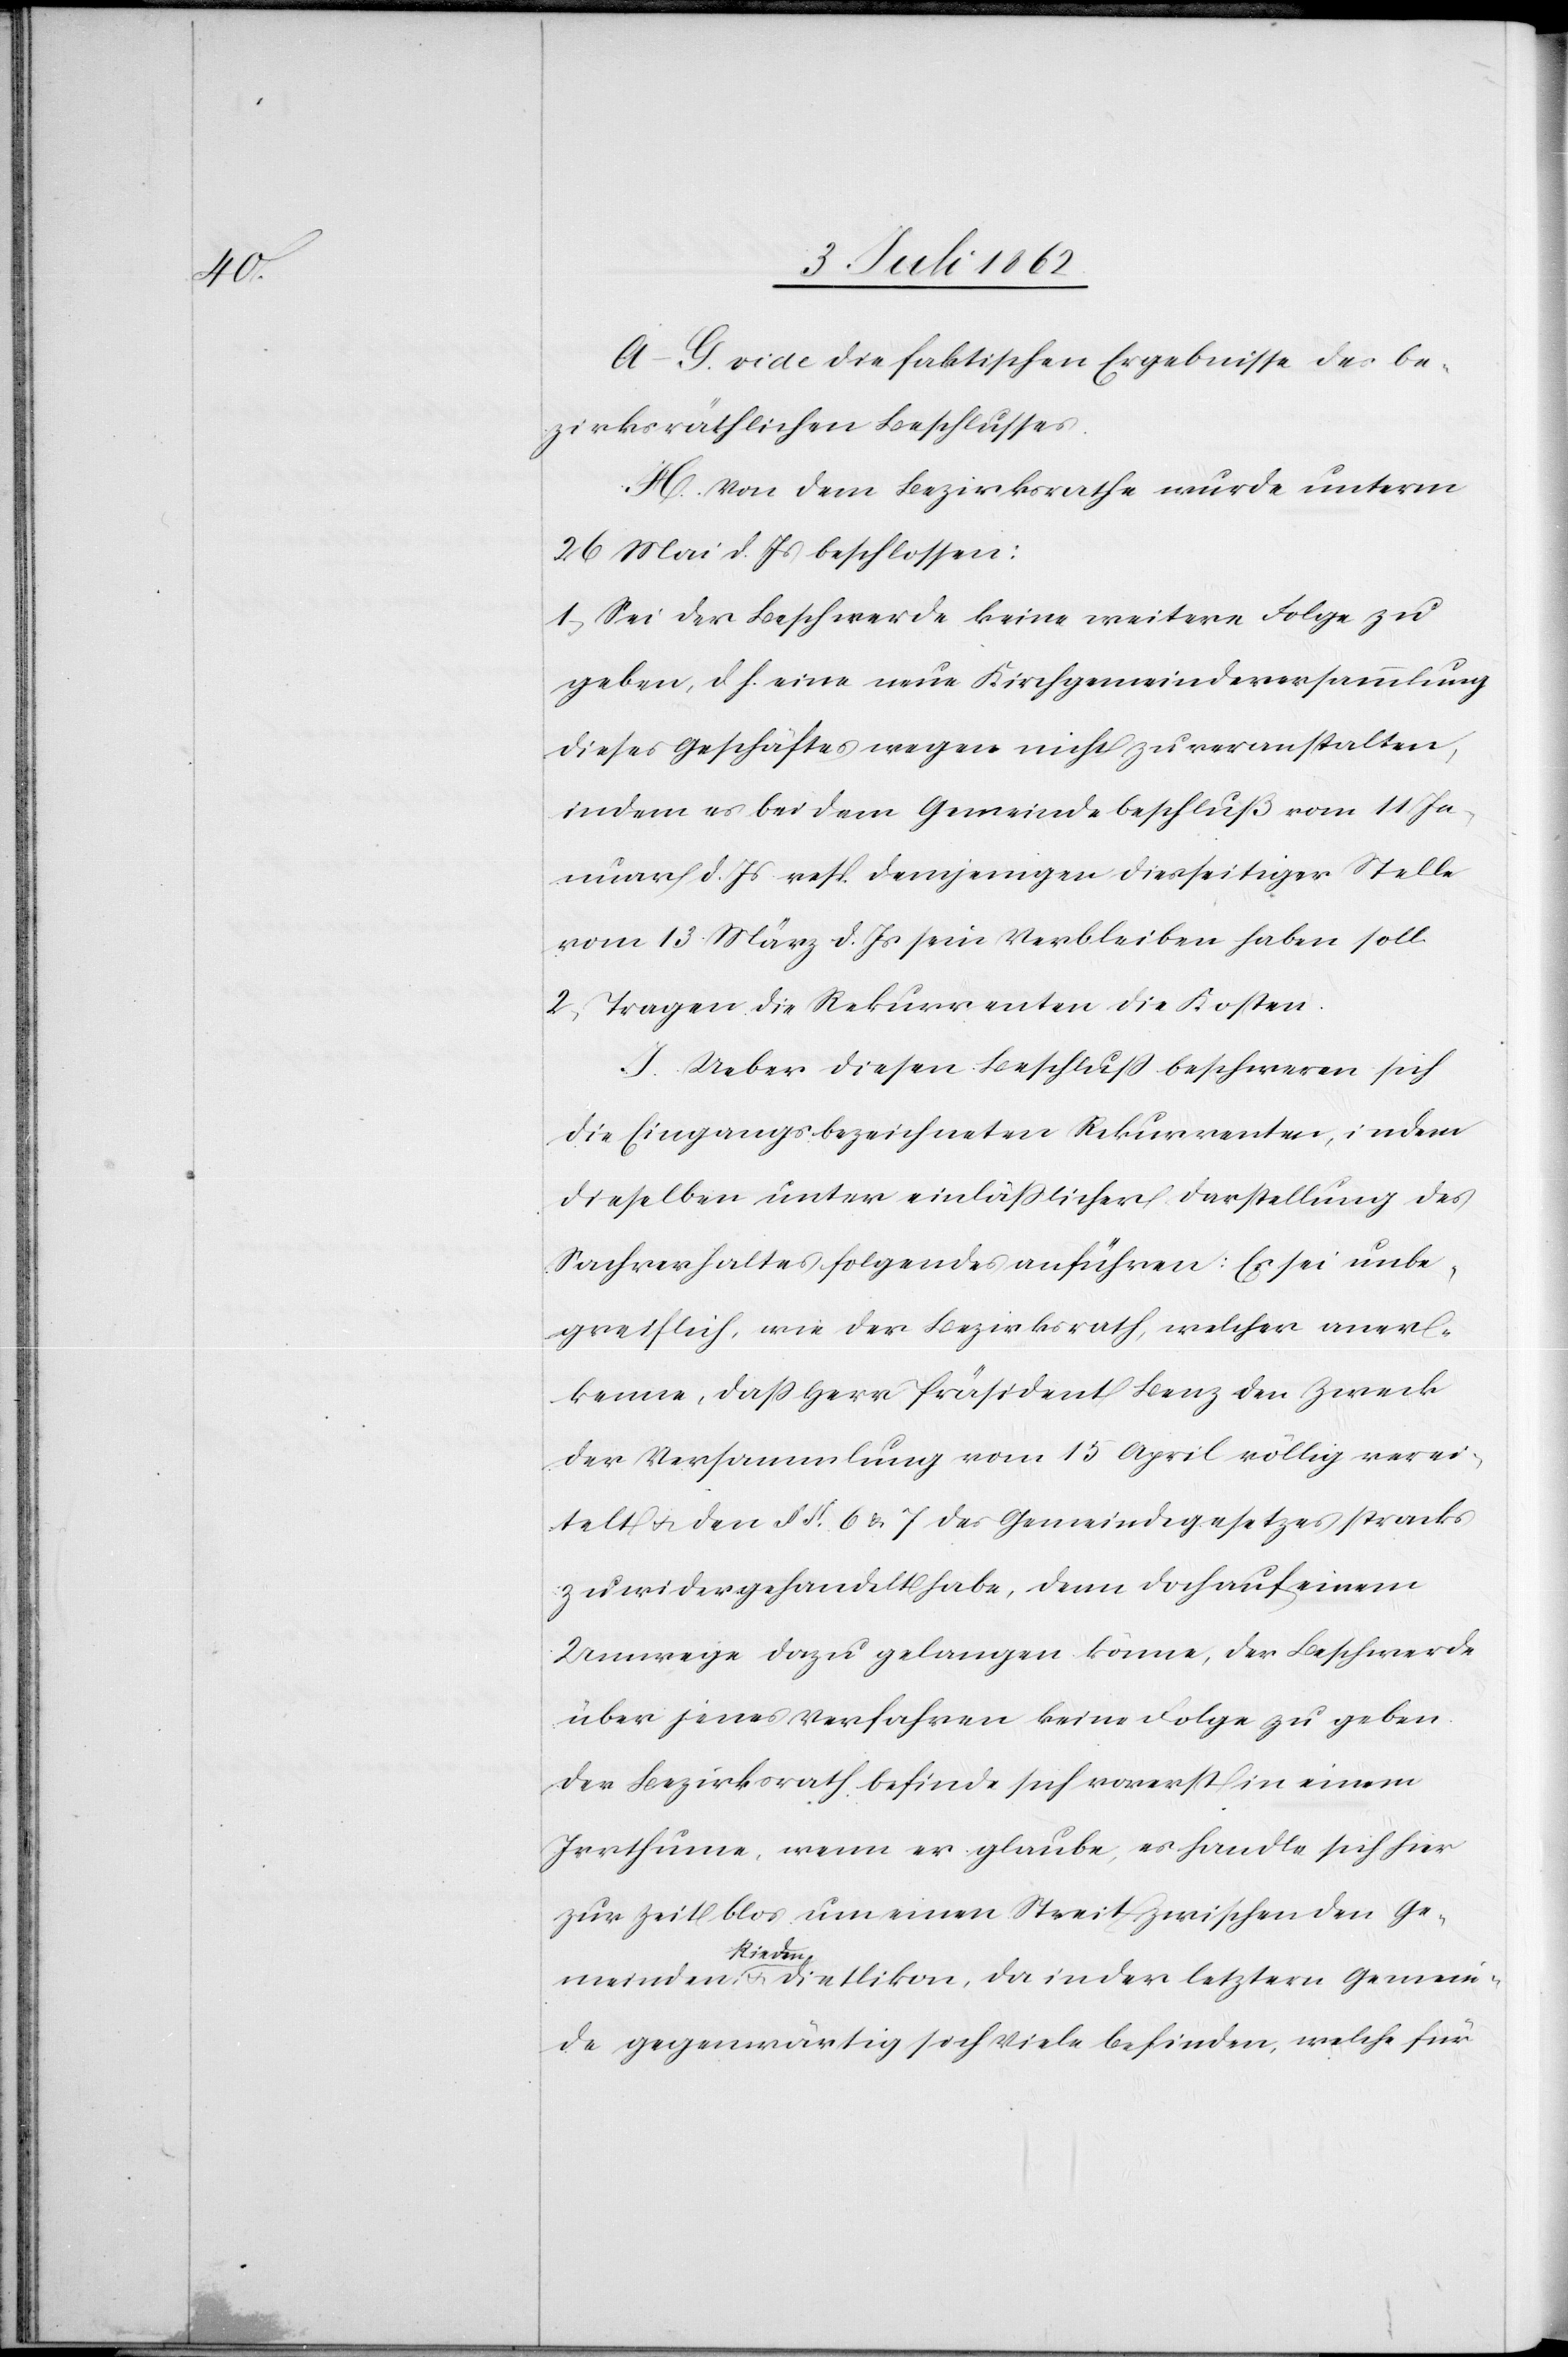
A–G. vide die faktischen Ergebnisse des be¬
zirksräthlichen Beschlusses.
H. von dem Bezirksrathe wurde unterm
26 Mai d. Js. beschlossen:
1. Sei der Beschwerde keine weitere Folge zu
geben, d. h. eine neue Kirchgemeindsversammlung
dieses Geschäfts wegen nicht zu veranstalten,
indem es bei dem Gemeindebeschluß vom 11 Ja¬
nuar d. Js. resp. demjenigen diesseitiger Stelle
vom 13. März d. Js. sein Verbleiben haben soll.
2. Tragen die Rekurrenten die Kosten.
I. Ueber diesen Beschluß beschweren sich
die eingangsbezeichneten Rekurrenten, indem
dieselben unter einläßlicher Darstellung des
Sachverhaltes folgendes anführen: Es sei unbe¬
greiflich, wie der Bezirksrath, welcher aner¬
kenne, daß Herr Präsident Benz den Zweck
der Versammlung vom 15 April völlig verei¬
telt u. den § § 6 u. 7 des Gemeindegesetzes stracks
zuwidergehandelt habe, denn doch auf einem
Umwege dazu gelangen könne, der Beschwerde
über jenes Verfahren keine Folge zu geben.
Der Bezirksrath befinde sich vorerst in einem
Irrthume, wenn er glaube es handle sich hier
zur Zeit blos um einen Streit zwischen den Ge¬
meinden Rieden u. Dietlikon, da in der letztern Gemein¬
de gegenwärtig sich viele befinden, welche für